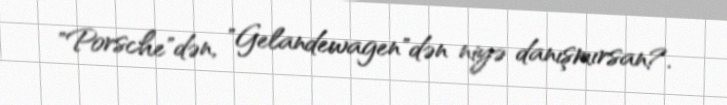
"Porsche"dən, "Gelandewagen"dən niyə danışmırsan?.